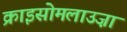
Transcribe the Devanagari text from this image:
क्राइसोमलाउज़ा